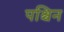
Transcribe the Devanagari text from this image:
पश्चिन